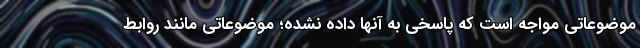
موضوعاتی مواجه است که پاسخی به آنها داده نشده؛ موضوعاتی مانند روابط